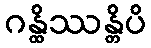
ဂန္ထိဿန္တိပိ